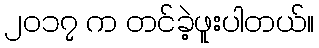
၂၀၁၇ က တင်ခဲ့ဖူးပါတယ်။